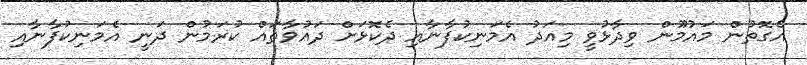
އެގޮތުން މައުމޫން ވިދާޅުވީ މިއަދު އެމަނިކުފާނާއި ދެކޮޅަށް ދައުވާތައް ކުރަމުން ދަނީ އެމަނިކުފާނާއި